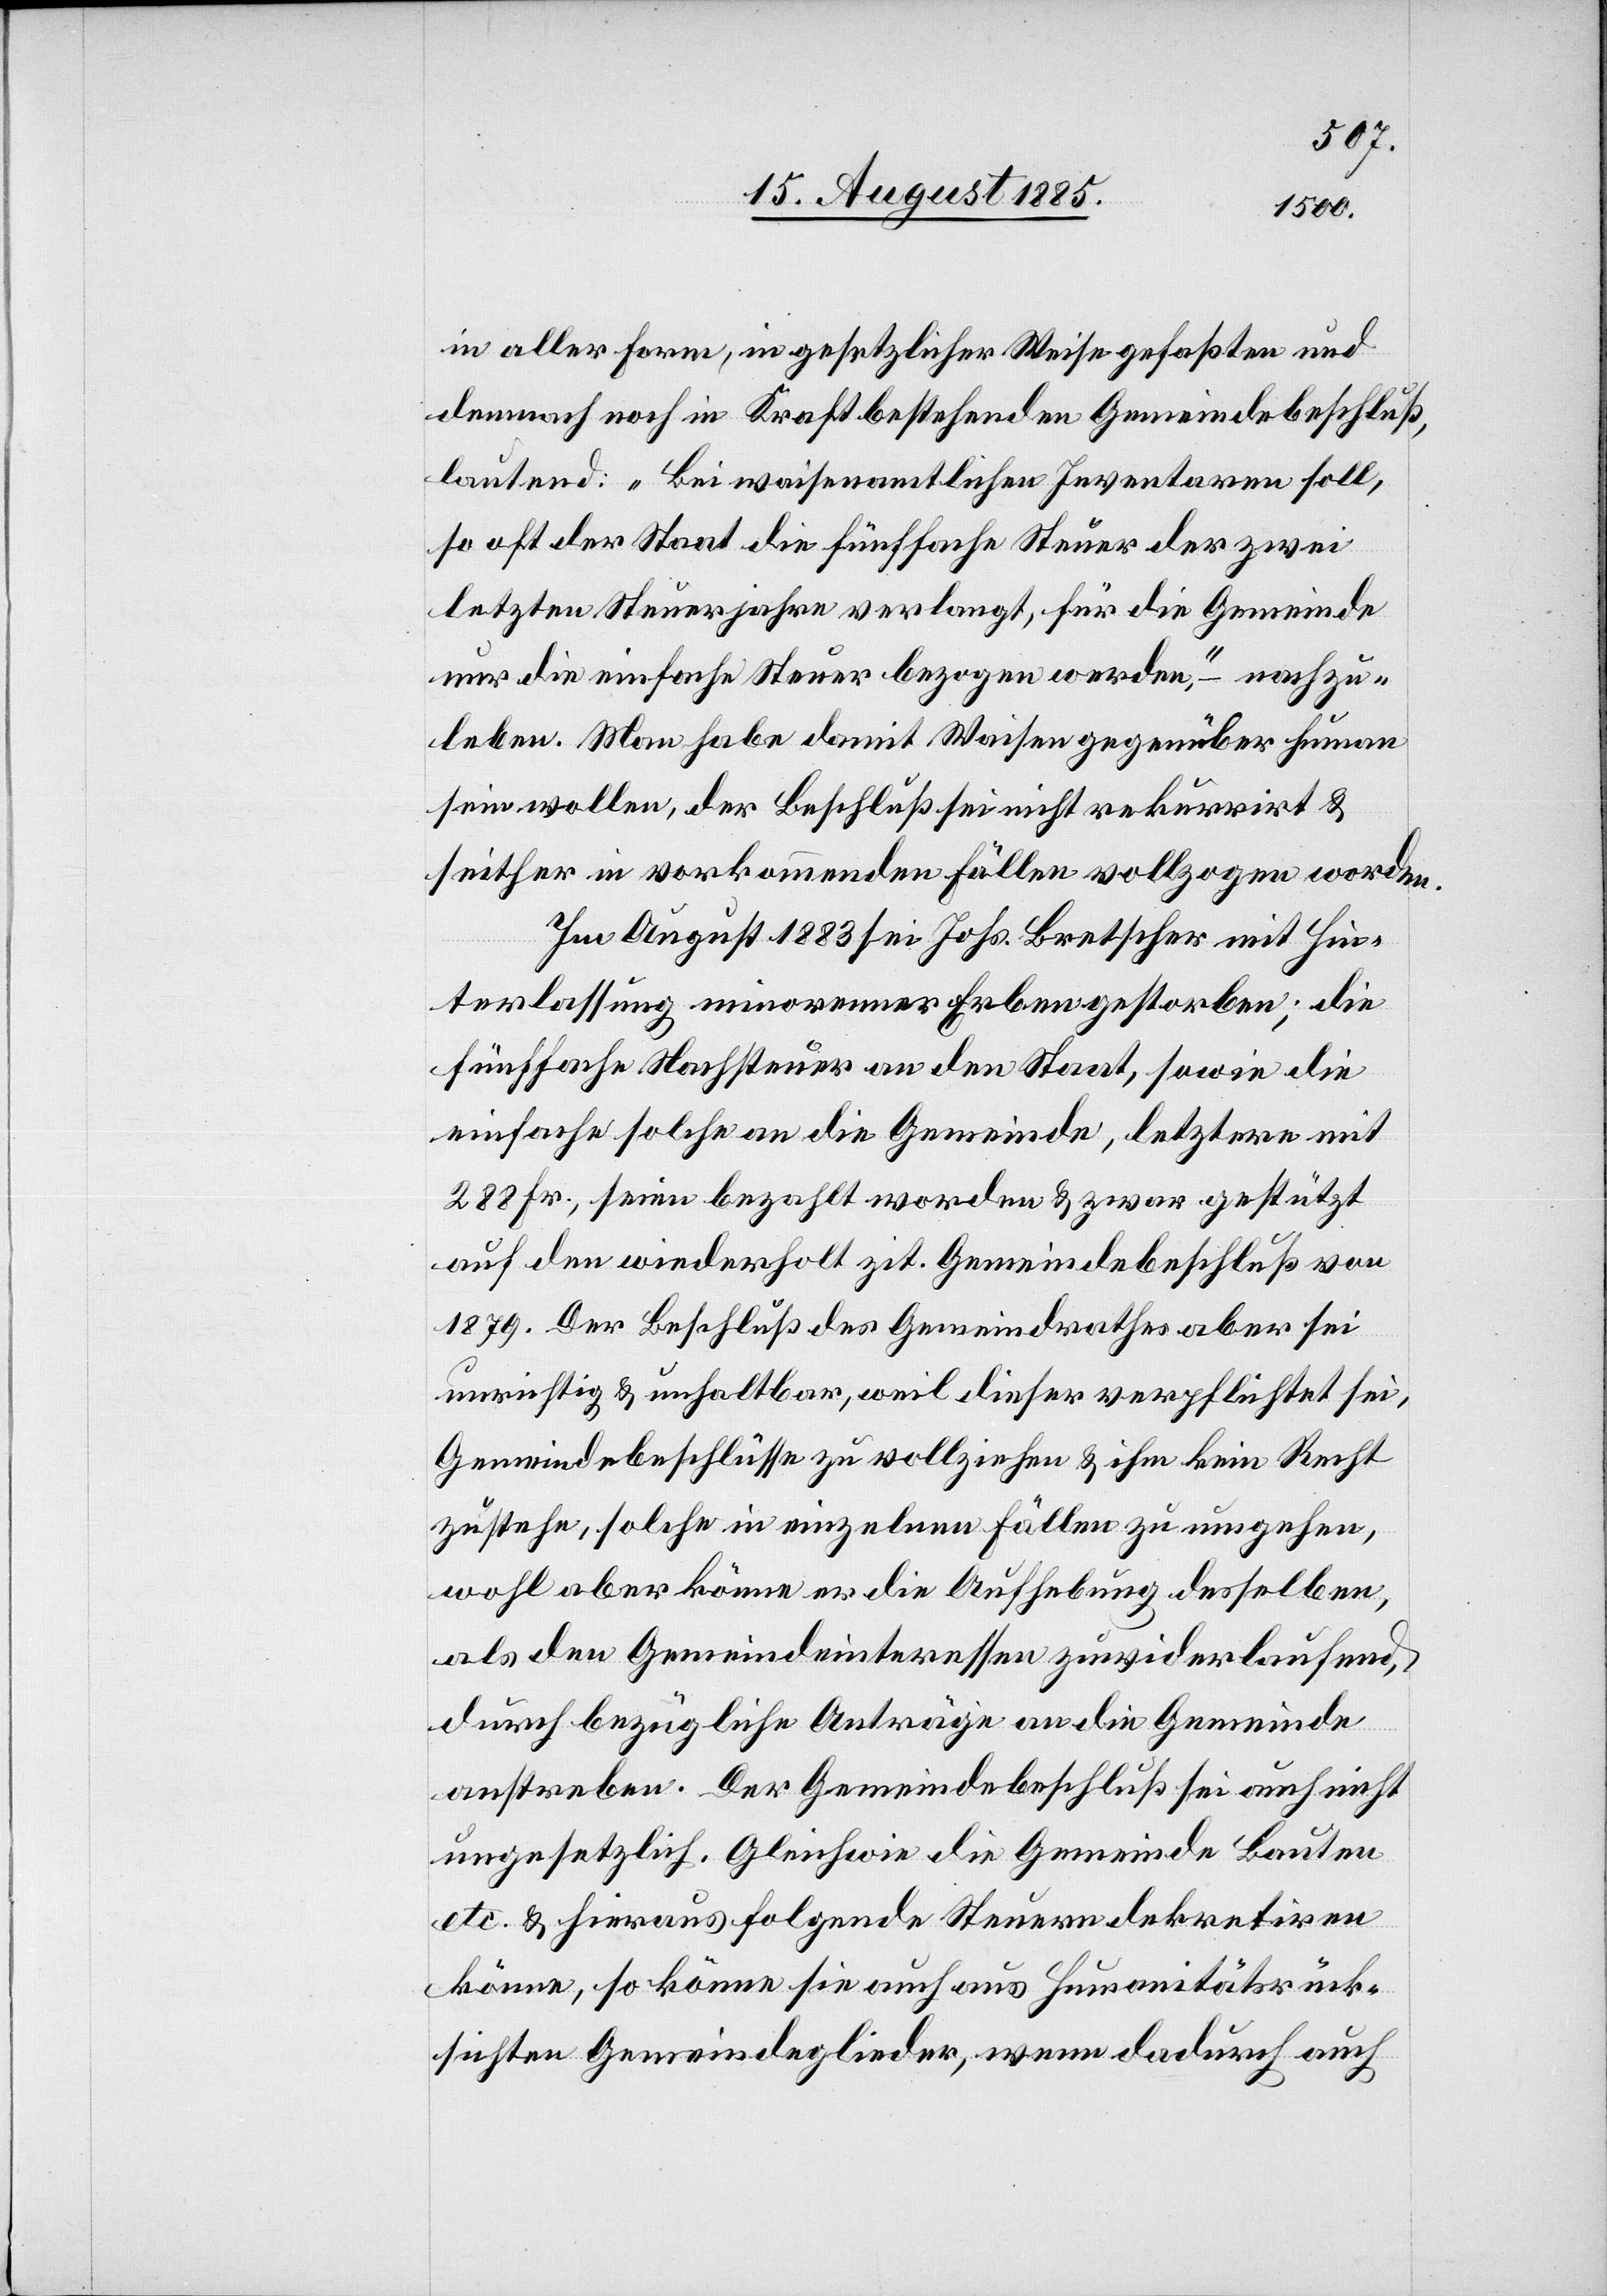
in aller Form, in gesetzlicher Weise gefaßten und
demnach noch in Kraft bestehenden Gemeindebeschluß,
lautend: „Bei waisenamtlichen Inventaren soll,
so oft der Staat die fünffache Steuer der zwei
letzten Steuerjahre verlangt, für die Gemeinde
nur die einfache Steuer bezogen werden,“ – nachzu¬
leben. Man habe damit Waisen gegenüber human
sein wollen, der Beschluß sei nicht rekurrirt &
seither in vorkommenden Fällen vollzogen worden.
Im August 1883 sei Johs. Bretscher mit Hin¬
terlassung minorenner Erben gestorben; die
fünffache Nachsteuer an den Staat, sowie die
einfache solche an die Gemeinde, letztere mit
288 Fr., seien bezahlt worden & zwar gestützt
auf den wiederholt zit. Gemeindebeschluß von
1879. Der Beschluß des Gemeindrathes aber sei
unrichtig & unhaltbar, weil dieser verpflichtet sei,
Gemeindebeschlüsse zu vollziehen & ihm kein Recht
zustehe, solche in einzelnen Fällen zu umgehen,
wohl aber könne er die Aufhebung desselben,
als den Gemeindeinteressen zuwiderlaufend,
durch bezügliche Anträge an die Gemeinde
anstreben. Der Gemeindebeschluß sei auch nicht
ungesetzlich. Gleichwie die Gemeinde Bauten
etc. & hieraus folgende Steuern dekretiren
könne, so könne sie auch aus Humanitätsrück¬
sichten Gemeindeglieder, wenn dadurch auch